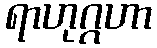
ရာဟုဂ္ဂဟာ